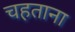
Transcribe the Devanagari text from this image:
चहताना